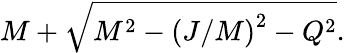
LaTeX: M+{\sqrt{M^{2}-{(J/M)}^{2}-Q^{2}}}.